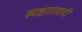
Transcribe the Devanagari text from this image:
स्पष्टतावादी